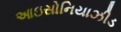
આઇસોનિયાઝીડ